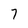
Character: 7